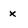
Character: x